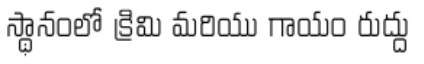
స్థానంలో క్రిమి మరియు గాయం రుద్దు